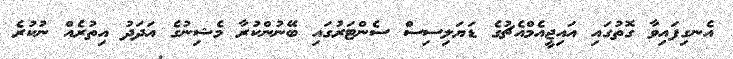
އެނގިފައިވާ ގޮތުގައި އައިޖީއެމްއެޗުގެ ޑަޔަލިސިސް ސެންޓަރުގައި ބޭނުންކުރާ މެޝިނުގެ އަދަދު އިތުރެއް ނުކުރެ